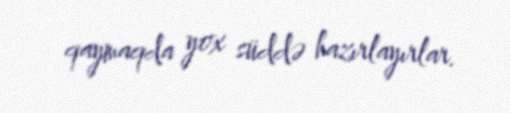
qaymaqda yox süddə hazırlayırlar.